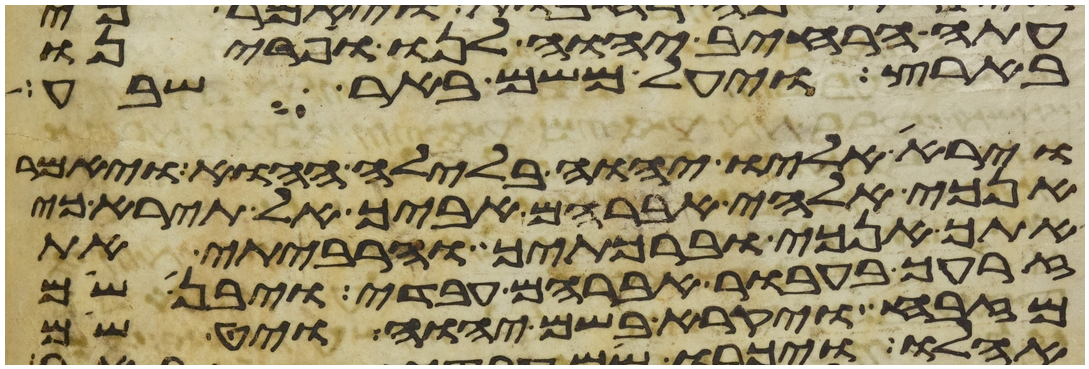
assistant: עתה הרחיב יהוה לנו ופרינו
בארץ ויעל משם באר שבע
וירא אליו יהוה בלילה ההוא ויאמר
אנכי אלהי אברהם אביך אל תירא כי
אתך אנכי וברכתיך והרביתי את
זרעך בעבור אברהם עבדי ויבן שם
מזבח ויקרא בשם יהוה ויט שם